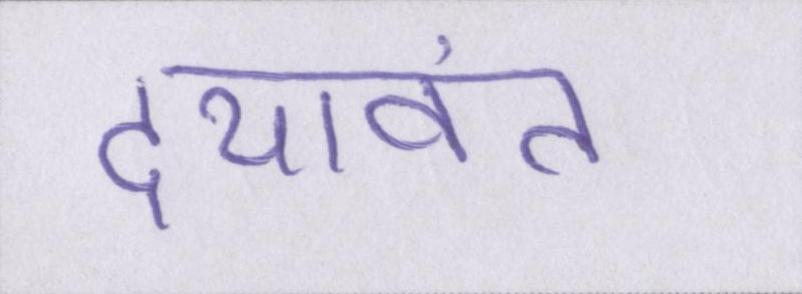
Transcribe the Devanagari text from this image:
दयावंत